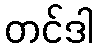
တင်ဒါ